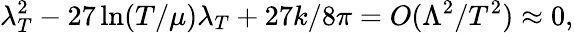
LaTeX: \lambda_{T}^{2}-27\ln(T/\mu)\lambda_{T}+27k/8\pi=O(\Lambda^{2}/T^{2})\approx 0,